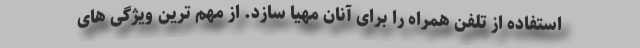
استفاده از تلفن همراه را برای آنان مهیا سازد. از مهم ترین ویژگی های